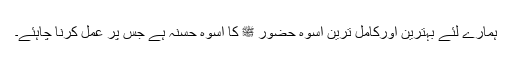
ہمارے لئے بہترین اورکامل ترین اسوہ حضور ﷺ کا اسوہ حسنہ ہے جس پر عمل کرنا چاہئے۔